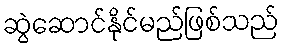
ဆွဲဆောင်နိုင်မည်ဖြစ်သည်